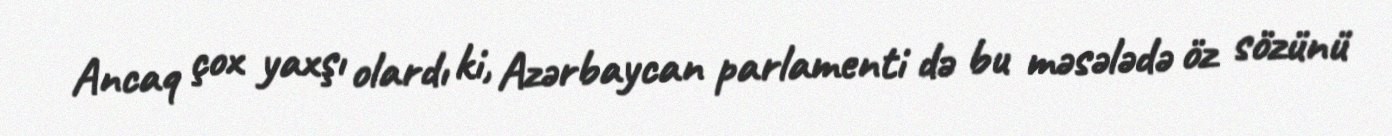
Ancaq çox yaxşı olardı ki, Azərbaycan parlamenti də bu məsələdə öz sözünü